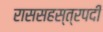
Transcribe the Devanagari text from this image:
राससहस्त्रपदी